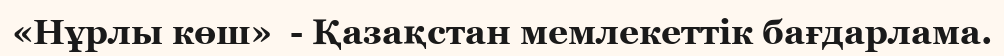
«Нұрлы көш»  - Қазақстан мемлекеттік бағдарлама.